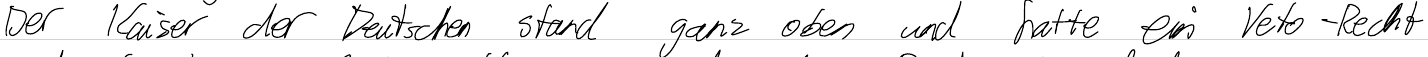
Der Kaiser der Deutschen stand ganz oben und hatte ein Veto-Recht